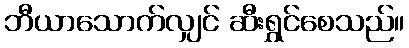
ဘီယာသောက်လျှင် ဆီးရွှင်စေသည်။